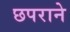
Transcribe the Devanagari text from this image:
छपराने